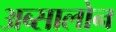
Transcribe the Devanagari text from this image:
अब्सालोन